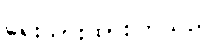
ရေးသားထားကြသည်